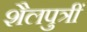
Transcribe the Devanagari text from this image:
शैलपुत्रीं